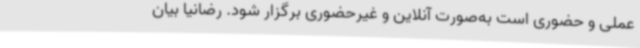
عملی و حضوری است به‌صورت آنلاین و غیرحضوری برگزار شود. رضانیا بیان